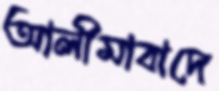
আলীমাবাদে